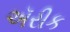
ઍરીક